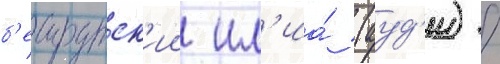
б'еирутск'ии ил'иа́ (ауд'и) /